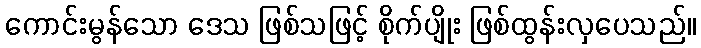
ကောင်းမွန်သော ဒေသ ဖြစ်သဖြင့် စိုက်ပျိုး ဖြစ်ထွန်းလှပေသည်။